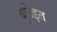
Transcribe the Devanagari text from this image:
बुछेइत